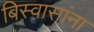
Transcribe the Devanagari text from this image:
बिस्वासांना